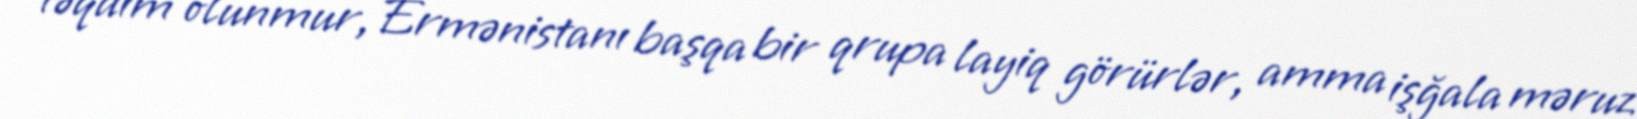
təqdim olunmur, Ermənistanı başqa bir qrupa layiq görürlər, amma işğala məruz